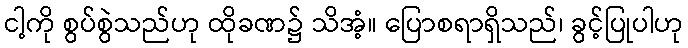
ငါ့ကို စွပ်စွဲသည်ဟု ထိုခဏ၌ သိအံ့။ ပြောစရာရှိသည်၊ ခွင့်ပြုပါဟု